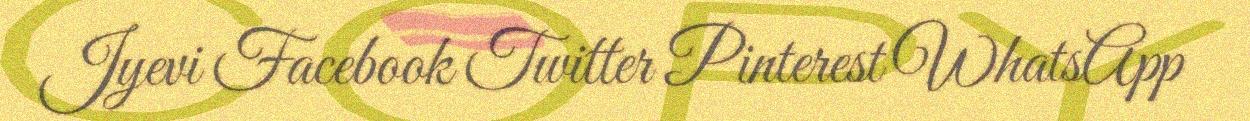
Jyevi Facebook Twitter Pinterest WhatsApp